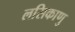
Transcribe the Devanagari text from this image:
लसिकाणु